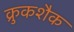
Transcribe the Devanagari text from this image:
क्रुकशैक